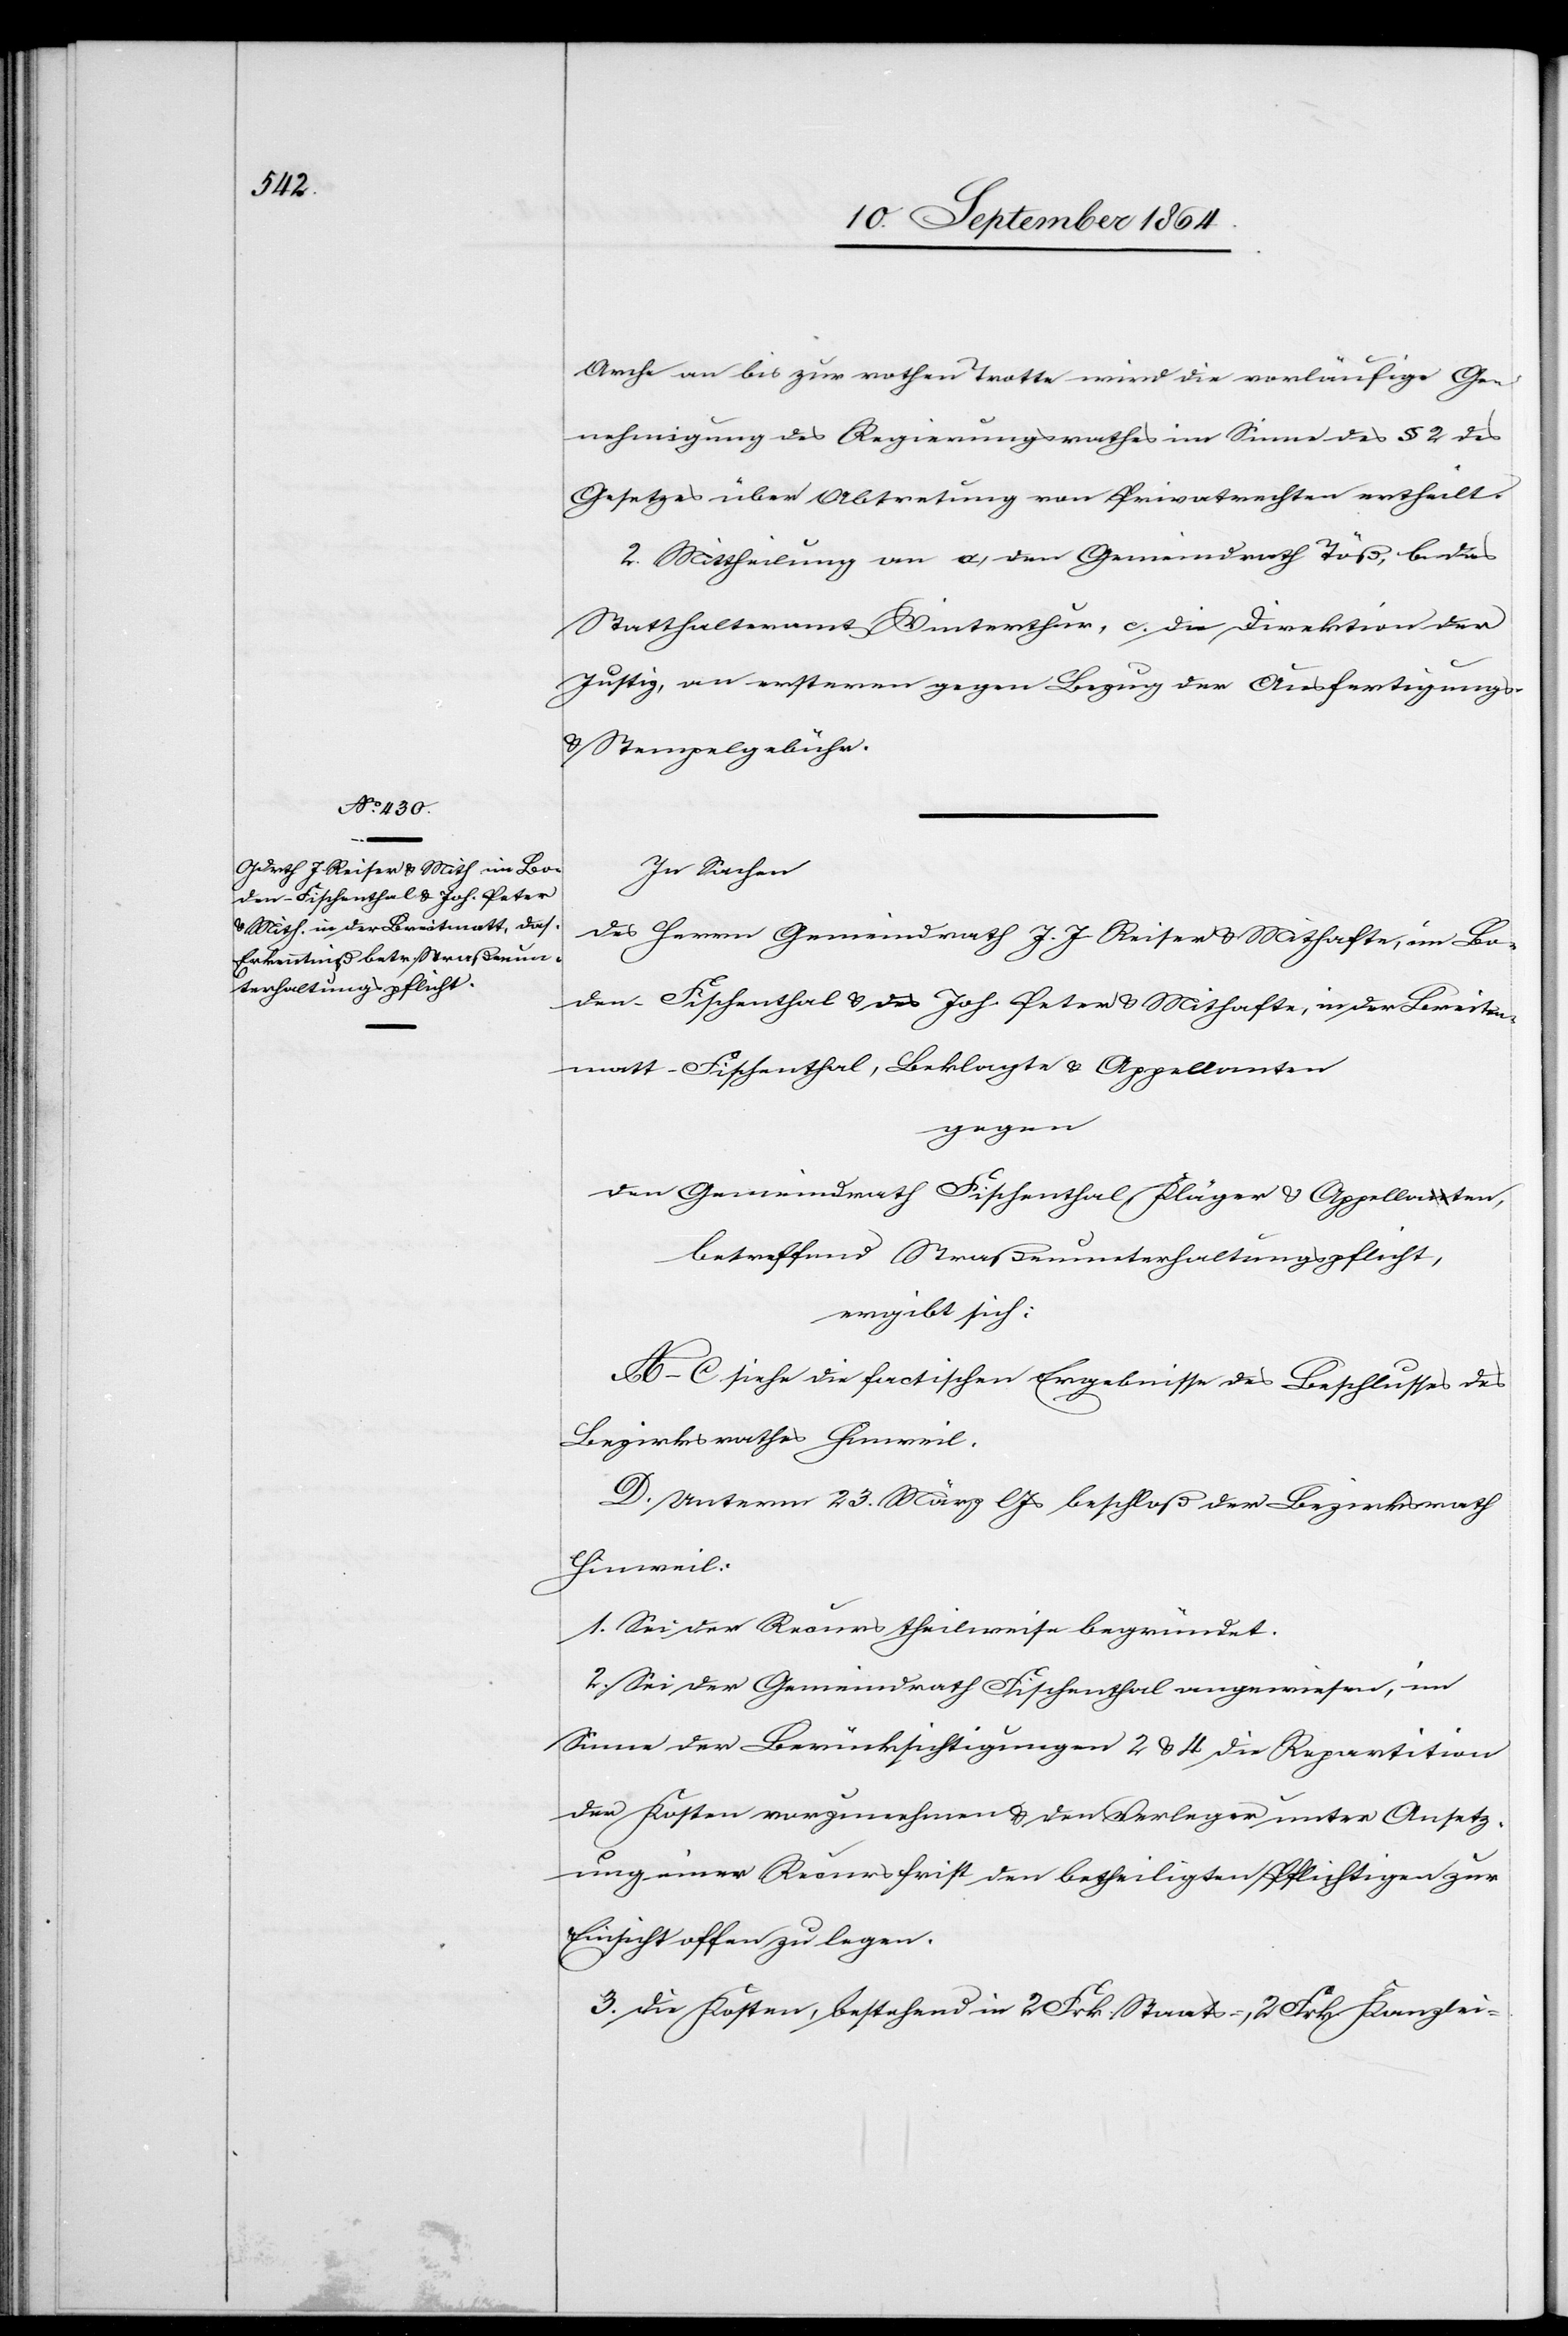
Arche bis zur rothen Trotte wird die vorläufige Ge¬
nehmigung des Regierungsrathes im Sinne des § 2 des
Gesetzes über Abtretung von Privatrechten ertheilt.
2. Mittheilung an a. den Gemeindrath Töß, b. das
Statthalteramt Winterthur, c. die Direktion der
Justiz, an erstern gegen Bezug der Ausfertigungs-
& Stempelgebühr.
In Sachen
des Herrn Gemeindrath J. J. Reiser & Mithafte, in Bo¬
den-Fischenthal & des Joh. Peter & Mithafte, in der Breiten¬
matt-Fischenthal, Beklagte & Appellanten
gegen
den Gemeindrath Fischenthal, Kläger & Appellanten,
betreffend Straßenunterhaltungspflicht,
ergibt sich:
A. – C. siehe die factischen Ergebnisse des Beschlusses des
Bezirksrathes Hinweil
D. Unterm 23. März l. Js beschloß der Bezirksrath
Hinweil:
1. Sei der Recurs theilweise begründet.
2. Sei der Gemeindrath Fischenthal angewiesen, im
Sinne der Berücksichtigungen 2 & 4 die Repartition
der Kosten vorzunehmen & den Verleger unter Ansetz¬
ung einer Recursfrist den betheiligten Pflichtigen zur
Einsicht offen zu legen.
3. Die Kosten, bestehend in 2 Frk. Staats- 2 Frk. Kanzlei-